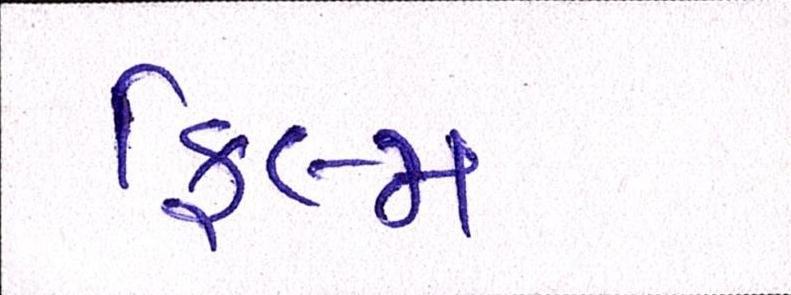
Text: ફિલ્મ